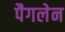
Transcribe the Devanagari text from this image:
पैगलेन